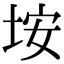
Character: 垵